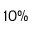
1 0 \%